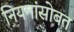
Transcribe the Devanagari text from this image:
नियमांसोबत